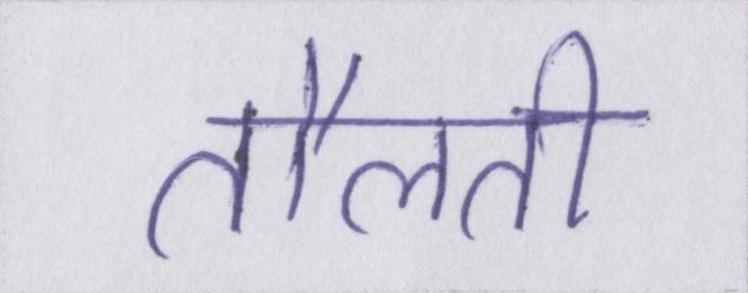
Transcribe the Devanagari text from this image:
तौलती